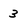
Character: 3